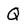
Character: Q